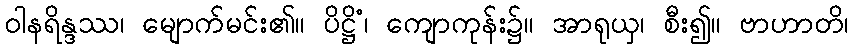
ဝါနရိန္ဒဿ၊ မျောက်မင်း၏။ ပိဋ္ဌိံ၊ ကျောကုန်း၌။ အာရုယှ၊ စီး၍။ ဗာဟာတိ၊